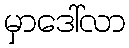
မှာဒေါ်လာ